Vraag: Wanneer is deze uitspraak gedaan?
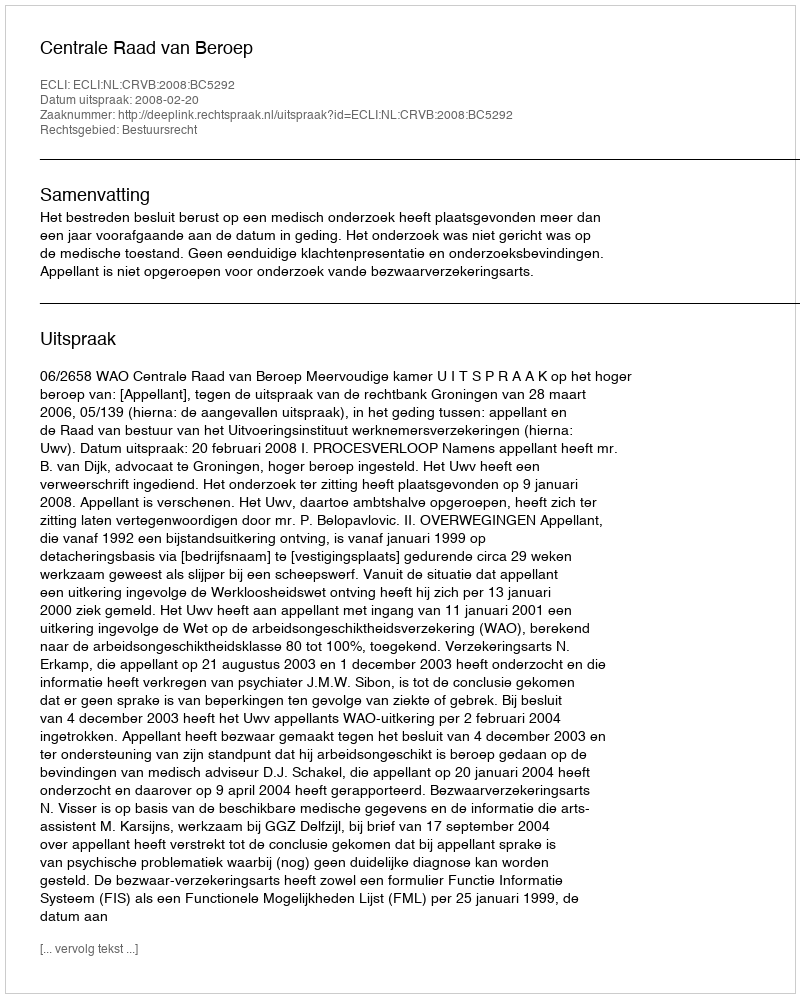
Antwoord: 2008-02-20